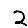
Digit: 2